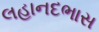
લહાનદભાસ